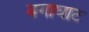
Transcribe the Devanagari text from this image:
बगाघाट